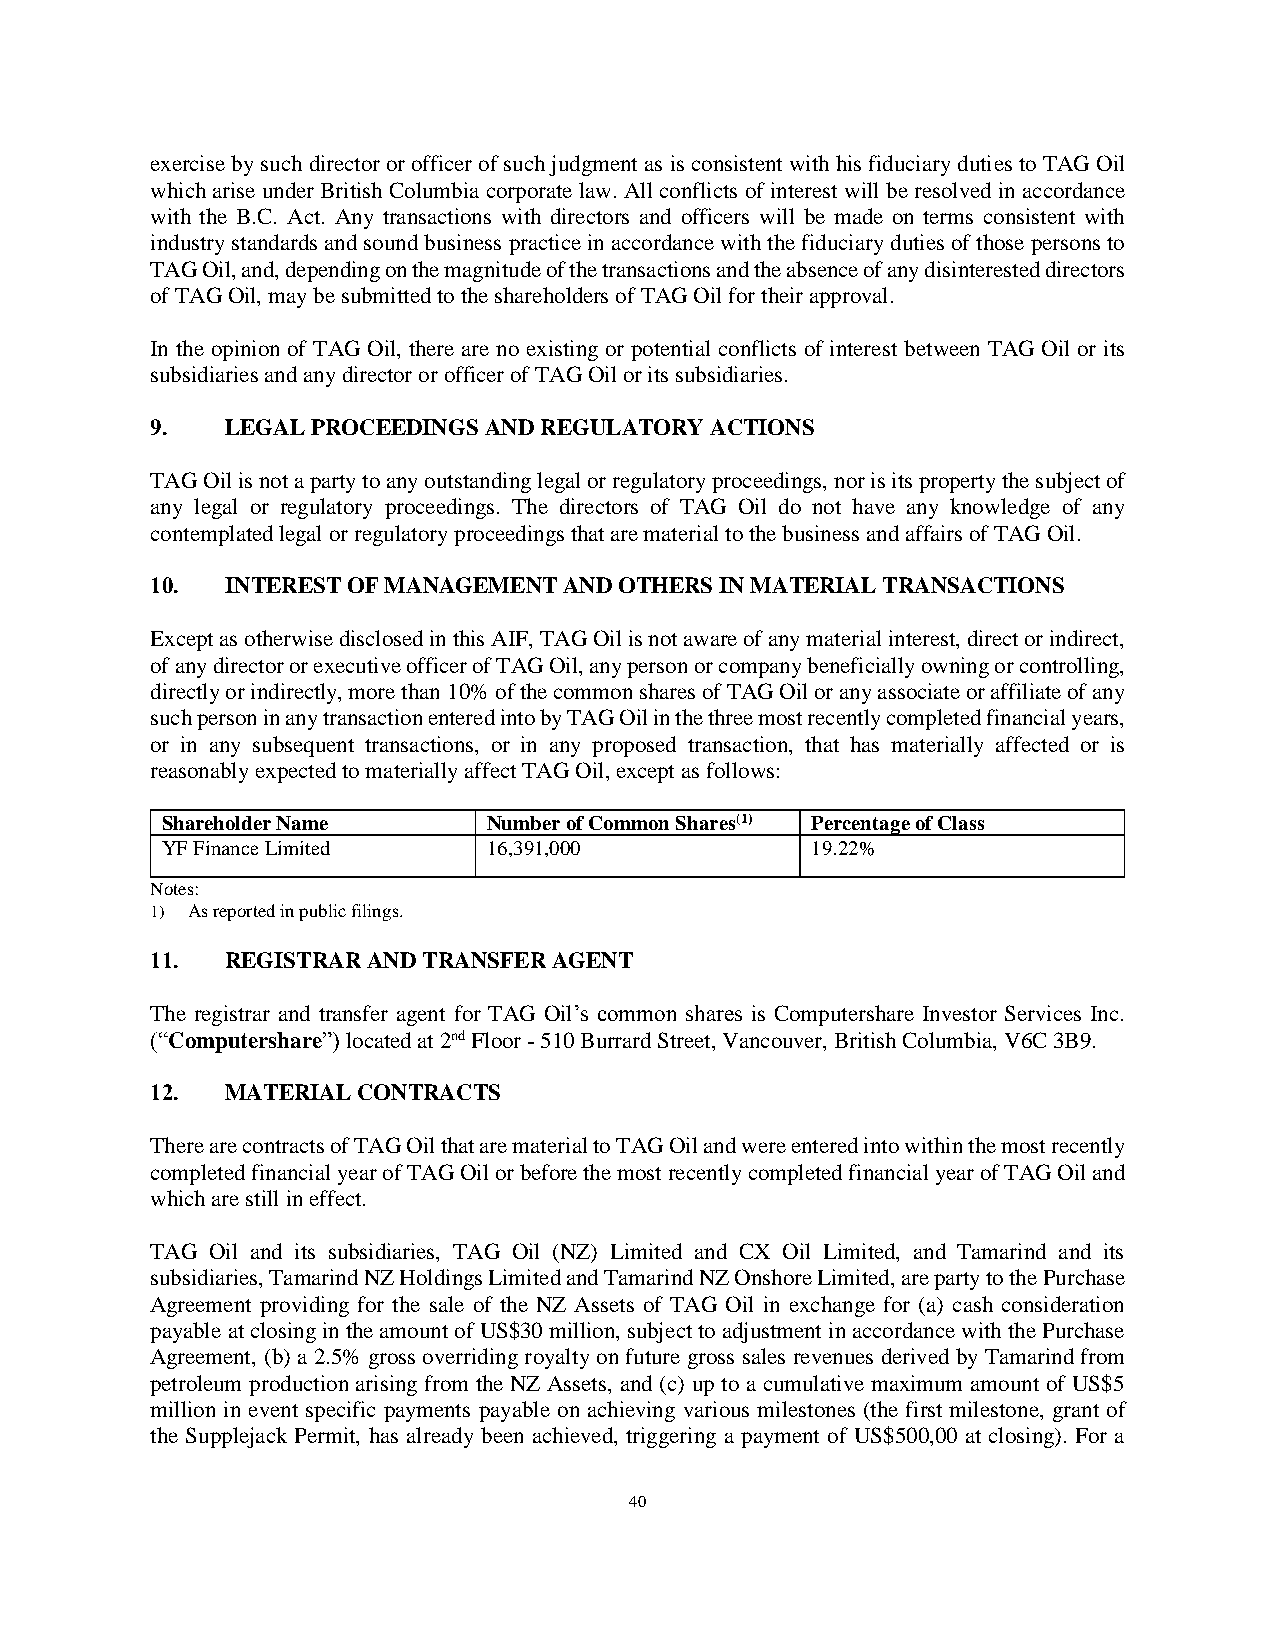
exercise by such director or officer of such judgment as is consistent with his fiduciary duties to TAG Oil
 which arise under British Columbia corporate law. All conflicts of interest will be resolved in accordance
 with the B.C. Act. Any transactions with directors and officers will be made on terms consistent with
 industry standards and sound business practice in accordance with the fiduciary duties of those persons to
 TAG Oil, and, depending on the magnitude of the transactions and the absence of any disinterested directors
 of TAG Oil, may be submitted to the shareholders of TAG Oil for their approval.
 In the opinion of TAG Oil, there are no existing or potential conflicts of interest between TAG Oil or its
 subsidiaries and any director or officer of TAG Oil or its subsidiaries.
 9.   LEGAL PROCEEDINGS AND REGULATORY ACTIONS
 TAG Oil is not a party to any outstanding legal or regulatory proceedings, nor is its property the subject of
 any legal or regulatory proceedings. The directors of TAG Oil do not have any knowledge of any
 contemplated legal or regulatory proceedings that are material to the business and affairs of TAG Oil.
 10.  INTEREST OF MANAGEMENT AND OTHERS IN MATERIAL TRANSACTIONS
 Except as otherwise disclosed in this AIF, TAG Oil is not aware of any material interest, direct or indirect,
 of any director or executive officer of TAG Oil, any person or company beneficially owning or controlling,
 directly or indirectly, more than 10% of the common shares of TAG Oil or any associate or affiliate of any
 such person in any transaction entered into by TAG Oil in the three most recently completed financial years,
 or in any subsequent transactions, or in any proposed transaction, that has materially affected or is
 reasonably expected to materially affect TAG Oil, except as follows:
 Shareholder Name     Number of Common Shares(1) Percentage of Class
 YF Finance Limited   16,391,000            19.22%
 Notes:
 1) As reported in public filings.
 11.  REGISTRAR AND TRANSFER AGENT
 The registrar and transfer agent for TAG Oil’s common shares is Computershare Investor Services Inc.
 (“Computershare”) located at 2nd Floor - 510 Burrard Street, Vancouver, British Columbia, V6C 3B9.
 12.  MATERIAL CONTRACTS
 There are contracts of TAG Oil that are material to TAG Oil and were entered into within the most recently
 completed financial year of TAG Oil or before the most recently completed financial year of TAG Oil and
 which are still in effect.
 TAG Oil and its subsidiaries, TAG Oil (NZ) Limited and CX Oil Limited, and Tamarind and its
 subsidiaries, Tamarind NZ Holdings Limited and Tamarind NZ Onshore Limited, are party to the Purchase
 Agreement providing for the sale of the NZ Assets of TAG Oil in exchange for (a) cash consideration
 payable at closing in the amount of US$30 million, subject to adjustment in accordance with the Purchase
 Agreement, (b) a 2.5% gross overriding royalty on future gross sales revenues derived by Tamarind from
 petroleum production arising from the NZ Assets, and (c) up to a cumulative maximum amount of US$5
 million in event specific payments payable on achieving various milestones (the first milestone, grant of
 the Supplejack Permit, has already been achieved, triggering a payment of US$500,00 at closing). For a
 40